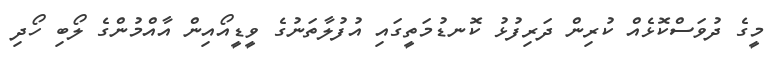
މީގެ ދުވަސްކޮޅެއް ކުރިން ދަރިފުޅު ކޮނޑުމަތީގައި އުފުލާތަނުގެ ވީޑީއޯއިން އާއްމުންގެ ލޯބި ހޯދި